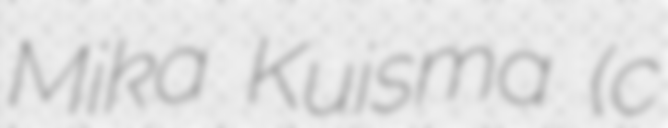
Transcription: Mika Kuisma (c